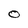
Character: 0